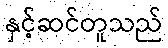
နှင့်ဆင်တူသည်